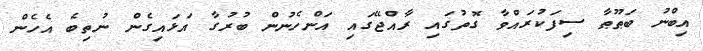
އިބްނު ބަޠޫޠާ ސިފަކުރައްވާ ގޮތުގައި ރާއްޖޭގައި އަންހެނުން ބުރުގާ އަޅައިގެން ނުތިބެ އެހެން